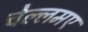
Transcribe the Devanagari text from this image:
चेल्लमए